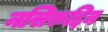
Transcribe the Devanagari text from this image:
नसिरुद्दिन